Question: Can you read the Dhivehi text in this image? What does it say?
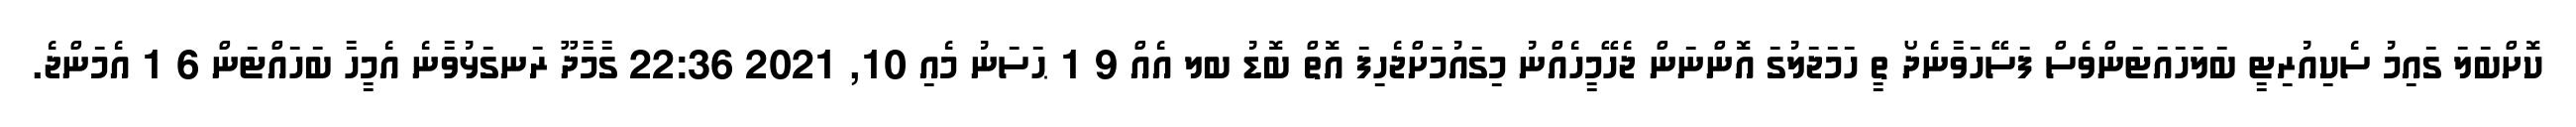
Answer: ކޮށްބަލަ ގައިމު ސެކިއުރިޓީ ބަލަހައަޓަންވެސް ފަސޭހަވާނެދޯ ތީ ހަމަޖަލުގަ އޮންނަން ޖެހޭމީހެއްނު މިގައުމަށްޖެހިފަ އޮތް ބޮޑު ބލ އެއް 9 1 ޙަސަނު މެއި 10, 2021 22:36 ގާމާދޫ ރަނގަޅުވާނެ އެމީހާ ބަހައްޓަން 6 1 އެމަންޖެ.